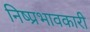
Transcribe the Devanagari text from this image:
निष्प्रभावकारी